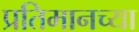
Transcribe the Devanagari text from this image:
प्रतिमानच्या